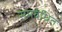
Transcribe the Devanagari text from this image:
समबंधित